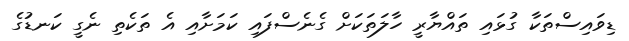
ޑިވައިސްތަކާ ގުޅައި ތައްޔާރީ ހާލަތަކަށް ގެނެސްފައި ކަމަށާއި އެ ތަކެތި ނެގީ ކަނޑުގެ